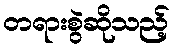
တရားစွဲဆိုသည့်